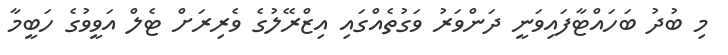
މި ބުދު ބަހައްޓާފައިވަނީ ދަންވަރު ވަގުތެއްގައި އިޒްރޭލުގެ ވެރިރަށް ޓެލް އަވީވުގެ ހަބީމާ